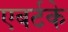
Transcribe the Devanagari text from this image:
एबर्टके